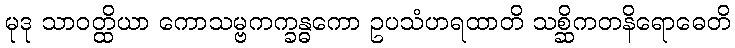
မုဒု သာဝတ္ထိယာ ကောသမ္ဗကက္ခန္ဓကော ဥပသံဟရထာတိ သစ္ဆိကတနိရောဓေတိ